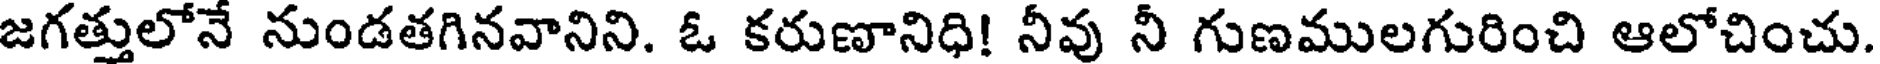
జగత్తులోనే నుండతగినవానిని. ఓ కరుణానిధి! నీవు నీ గుణములగురించి ఆలోచించు